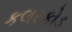
કલરકોડ